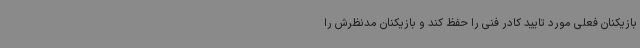
بازیکنان فعلی مورد تایید کادر فنی را حفظ کند و بازیکنان مدنظرش را